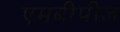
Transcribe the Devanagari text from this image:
एमबीपीज